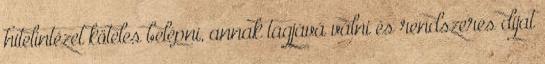
hitelintézet köteles belépni, annak tagjává válni és rendszeres díjat